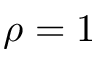
\rho = 1